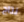
نتاج